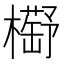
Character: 𣝰